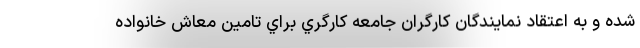
شده و به اعتقاد نمايندگان كارگران جامعه كارگري براي تامين معاش خانواده